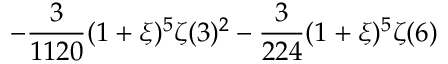
\displaystyle - \frac { 3 } { 1 1 2 0 } ( 1 + \xi ) ^ { 5 } \zeta ( 3 ) ^ { 2 } - \frac { 3 } { 2 2 4 } ( 1 + \xi ) ^ { 5 } \zeta ( 6 )